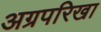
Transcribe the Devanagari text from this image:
अग्रपरिखा